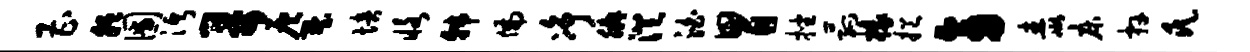
曹胝圃沔哥灰墅培恪韩偏净腆澄泊胃挫菰椽挹旁毒床卉氏